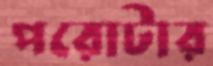
পরোটার